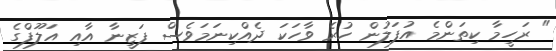
" ރަހީމާ ކިތަންމެ އުފަލުން ހުރެ ވާހަކަ ދެއްކިނަމަވެސް ފަޒީނާ އާއި އަލޫފްގެ